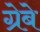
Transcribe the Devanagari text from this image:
ग्रेबे